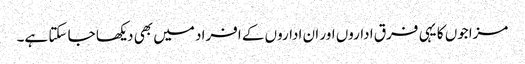
مزاجوں کا یہی فرق اداروں اور ان اداروں کے افراد میں بھی دیکھا جا سکتا ہے۔